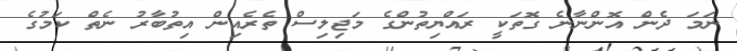
ނަމަ ދެން އޮންނާނެ ގޮތަކީ ރައްޔިތުންގެ މަޖިލިސް ތެރެއިން އިތުބާރު ނެތް ކަމުގެ